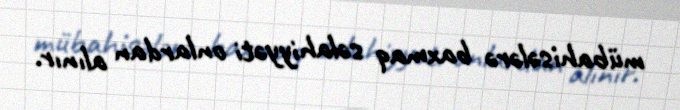
mübahisələrə baxmaq səlahiyyəti onlardan alınır.